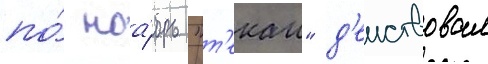
по́ ноа́брь "т'екаи" д'еиствовал